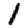
Digit: 1